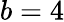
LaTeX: b=4